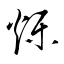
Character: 爍